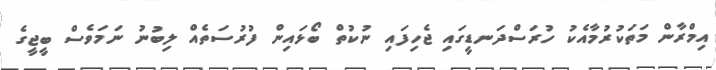
އިމްރާން މަތަކުރުމާއެކު ހުރަސްދަނޑީގައި ޖެހިފައި ނުކުތް ބޯޅައިން ފުރުސަތެއް ލިބުނު ނަމަވެސް ބީޖީގެ